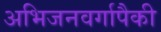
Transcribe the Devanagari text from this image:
अभिजनवर्गापैकी